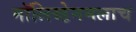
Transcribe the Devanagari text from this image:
मॉलिब्डेनमलाच